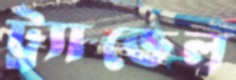
ট্র্যাভেল